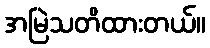
အမြဲသတိထားတယ်။